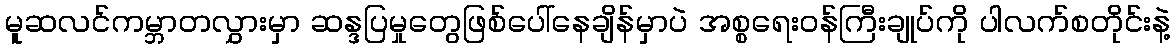
မူဆလင်ကမ္ဘာတလွှားမှာ ဆန္ဒပြမှုတွေဖြစ်ပေါ်နေချိန်မှာပဲ အစ္စရေးဝန်ကြီးချုပ်ကို ပါလက်စတိုင်းနဲ့